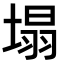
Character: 塌